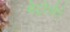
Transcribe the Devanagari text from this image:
मेट्रोलोपे